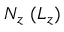
N _ { z } \ ( L _ { z } )